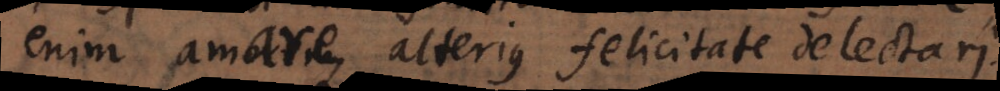
amare, alterius felicitate delectari.